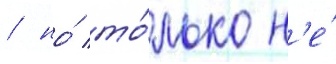
/ но́ то́лько н'е́